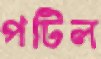
পটিল